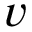
v